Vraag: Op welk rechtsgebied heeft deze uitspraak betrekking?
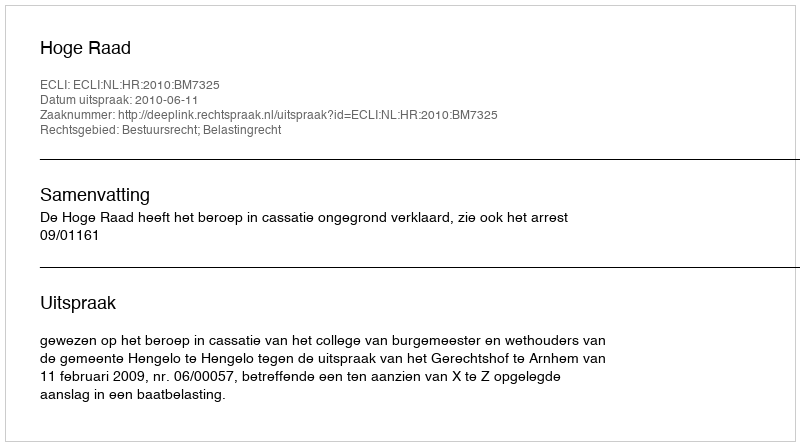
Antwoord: Bestuursrecht; Belastingrecht